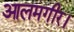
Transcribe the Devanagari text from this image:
आलमगीर।